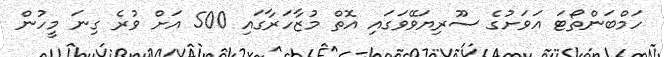
ހަމްބަންތޯޓަ އަވަށުގެ ސޫރިޔަވޭވަގައި އޮތް މުޒާހަރާގައި 500 އަށް ވުރެ ގިނަ މީހުން